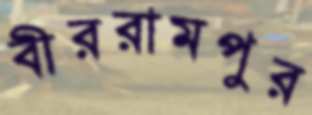
বীররামপুর